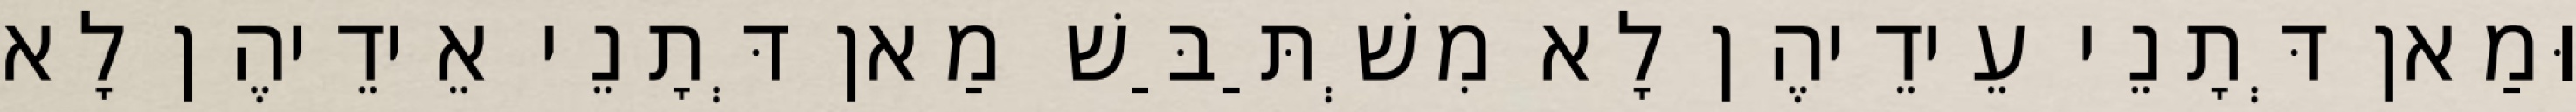
וּמַאן דְּתָנֵי עֵידֵיהֶן לָא מִשְׁתַּבַּשׁ מַאן דְּתָנֵי אֵידֵיהֶן לָא